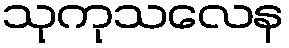
သုကုသလေန